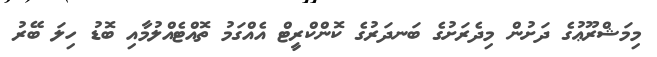
މިމަޝްރޫޢުގެ ދަށުން މިދެރަށުގެ ބަނދަރުގެ ކޮންކްރީޓް އެއްގަމު ތޮއްޓެއްލުމާއި ބޮޑު ހިލަ ބޭރު